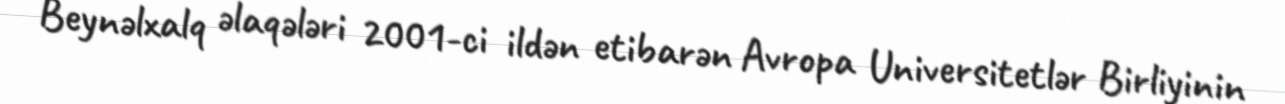
Beynəlxalq əlaqələri 2001-ci ildən etibarən Avropa Universitetlər Birliyinin